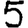
Digit: 5